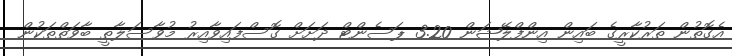
އެގޮތުން ތަރުކާރީގެ ބައިން އިންފްލޭޝަން 3.20 ޕަސެންޓް ދަށަށް ގޮސްފައިވާއިރު މުވާސަލާތީ ބާވަތްތަކުން